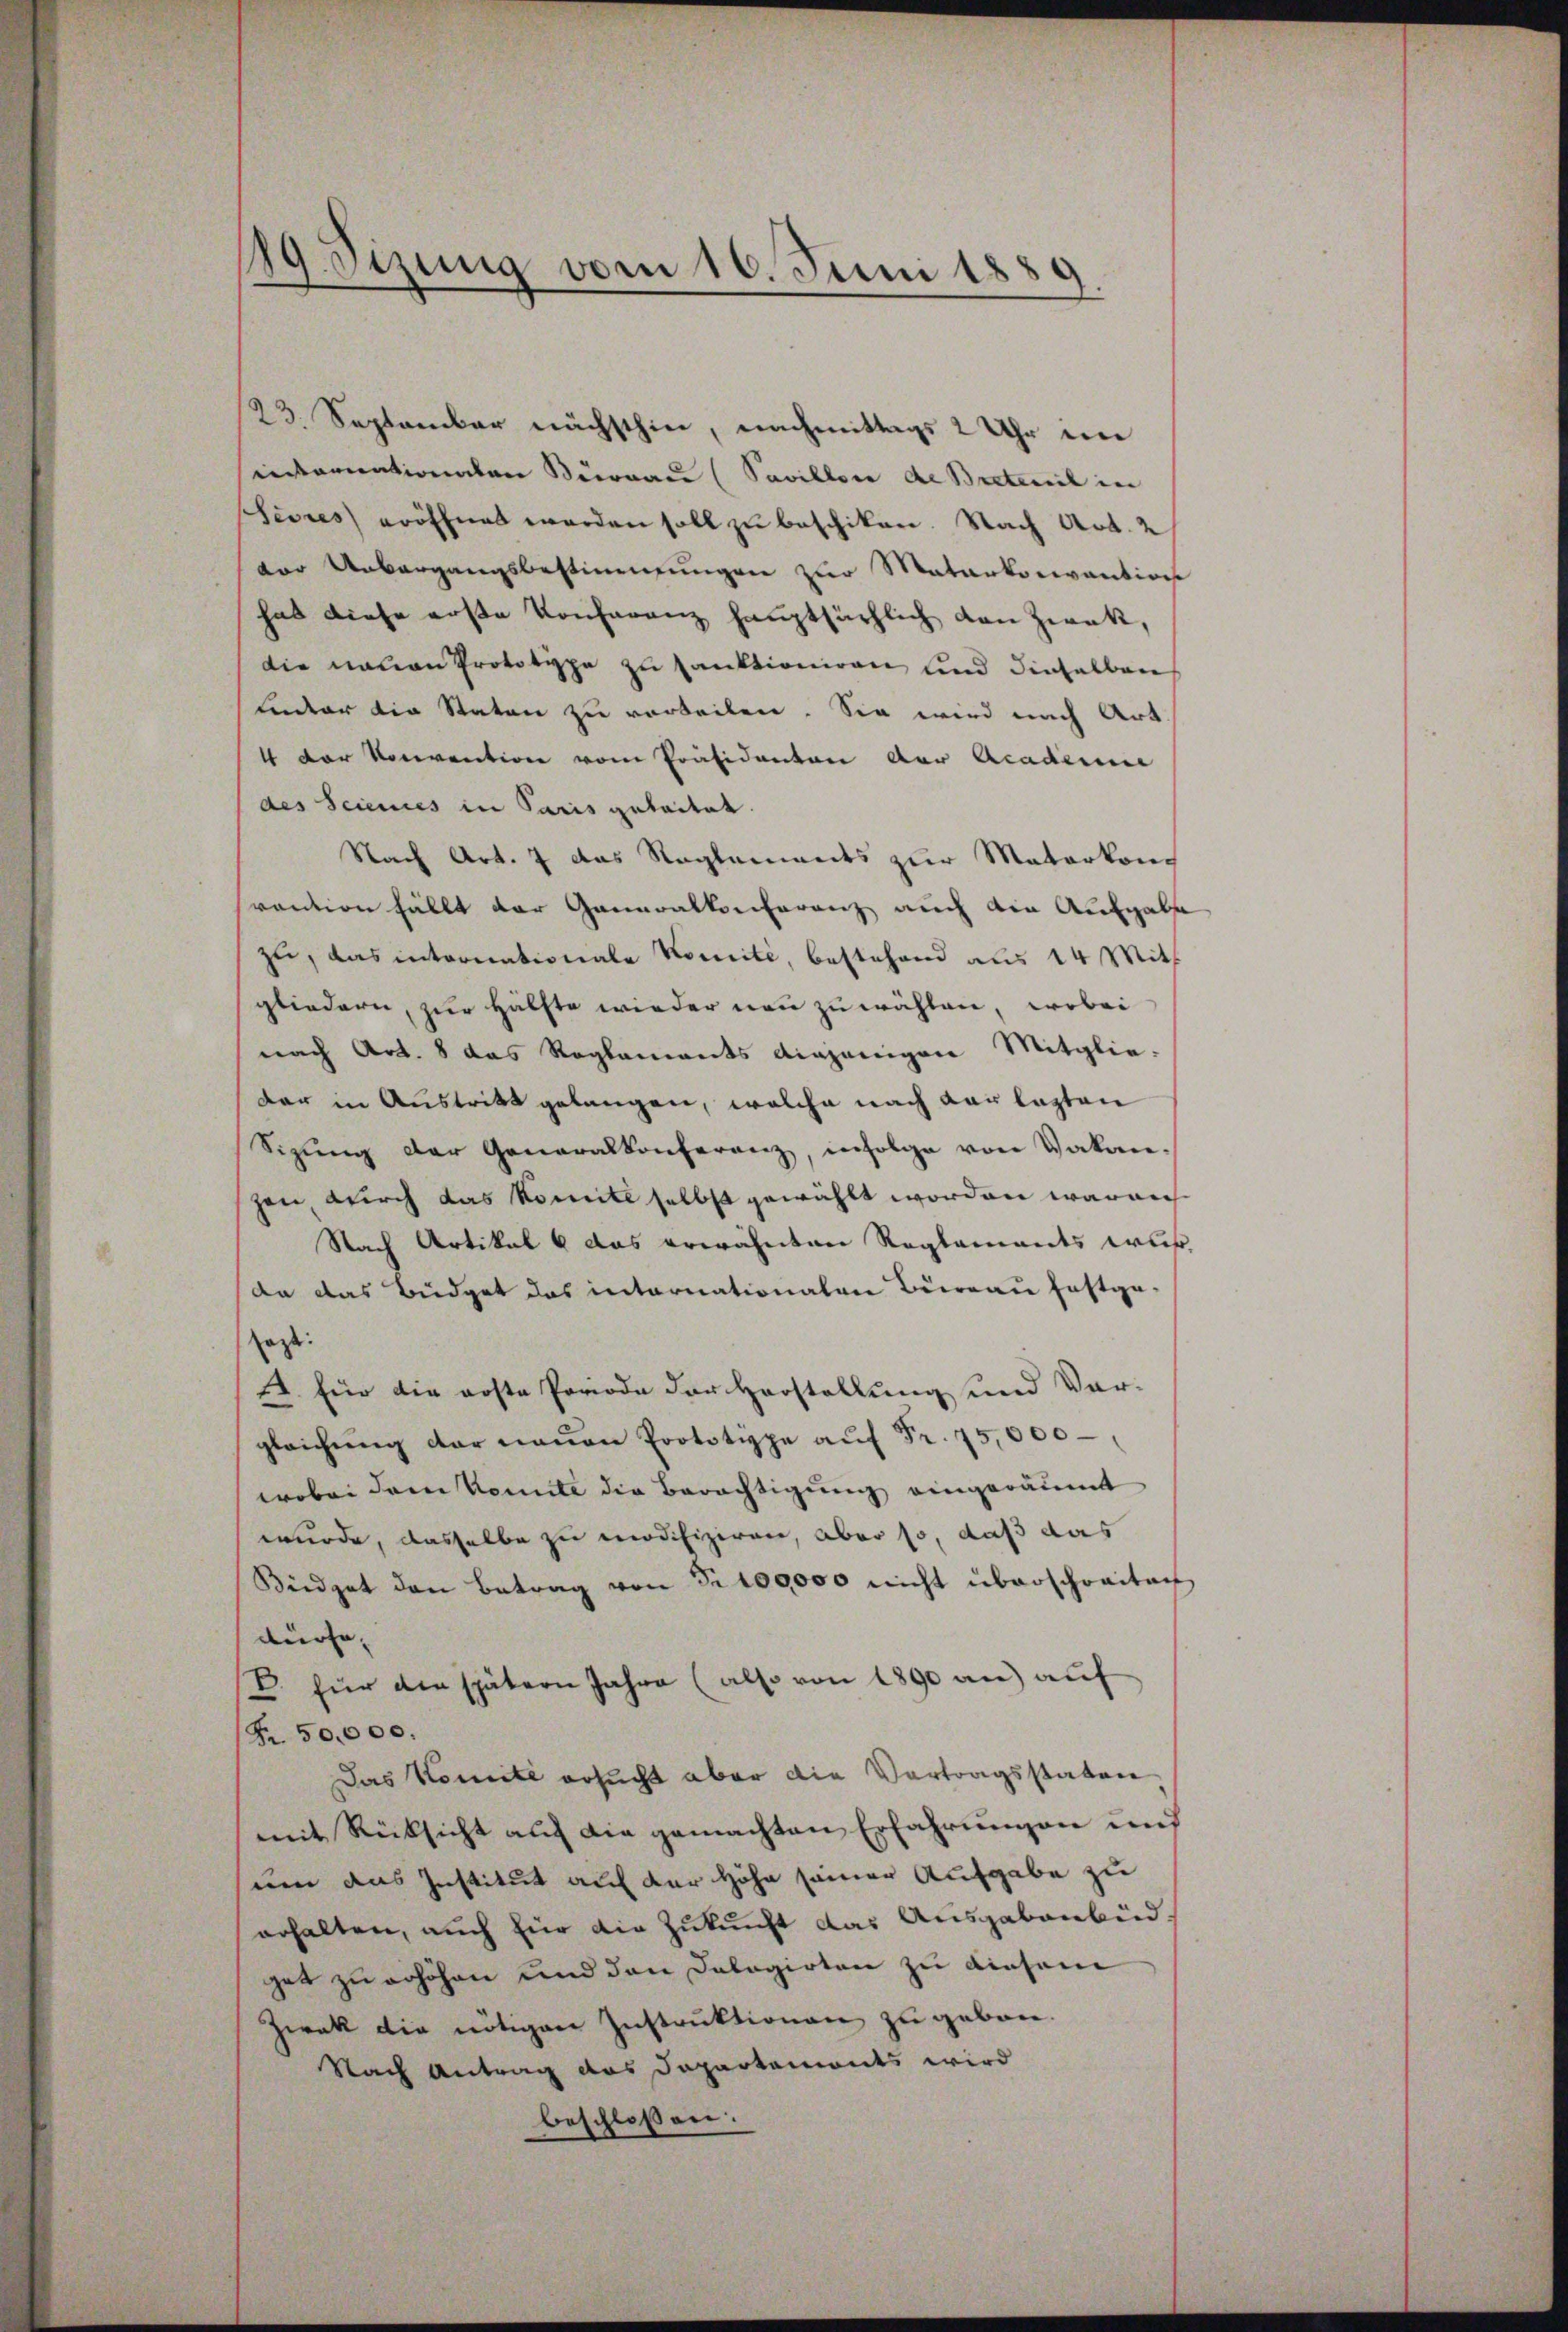
Setzung vom 16. Juni 1881.
¬

23. September nächsthin, nachmittags 2 Uhr im
einternationalen Beronau (Pavillon de Bretenil in
Sevres eröffnet worden soll zu beschiken. Nach Art. 2
der Unbergangsbestimmungen zur Matarkonvention
hat diese erste Konferenz hauptsächlich von Zweck,
die neuen Prototype zu sanktioniren und dieselben
Lnter die Staten zu vorbeilen. Sie wird nach Art.
4 der Konvention vom Präsidenten der Academie
des Sciences in Paris gutaitat.
Nach Art. 7 das Reglements zur Materkonc
vaution fällt der Generalkonferenz auch die Aufgabe
zu, das internationale Komité, bestehend aus 14 Mitt
gliedern, zur Hälfte wieder neu zu wählen, wobei
nach Art. 8 das Reglements einjenigen Mitglie-
der in Austritt gelangen, welche nach vor lasten
Sizung der Generalkonferenz, infolge von Vakanzen, durch das Komite selbst gewählt worden waren
Nach Artikal 6 das erwähnten Reglements wur
da das Büdget das internationalen Bureau festge-
sagte:
. für die erste Periode der Horstellung und Verglaichŭng der neuen Prototyspe aŭf Fr. 75,000
wobei dem Komite die Berechtigung eingeräumt
wurde, dasselbe zu modifiziren, aber so, daß das
Büdget den Betrag von Fr. 100000 nicht überschreitag
dürfe,
E. für die spätern Jahre (also von 1890 an auf
(Fr. 50,000.
Das Komite ersucht aber die Vertragsstaten
mit Rücksicht auf die gemachten Erfahrungen und
um das Institut auf der Höhe seiner Aufgabe zu
erhalten, auch für die Zukunft das Ausgabenbid.
get zu erhöhen und den Dalogirten zu diesem
Zwak die nötigen Instruktionen zu geben.
Nach Antrag das Departemonts wird
beschloßen: